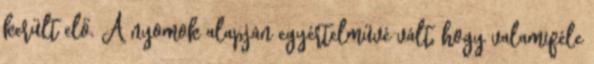
került elő. A nyomok alapján egyértelművé vált, hogy valamiféle